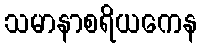
သမာနာစရိယကေန